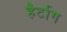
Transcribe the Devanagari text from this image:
हैर्टाग